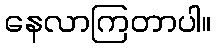
နေလာကြတာပါ။